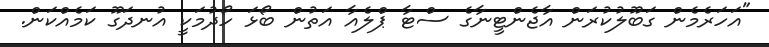
"އަހަރެމެން ގަބޫލުކުރަން އާޖެންޓީނާގެ ސްޓާ ޕްލެއާ އަތުން ބޯޅަ ހޯދުމަކީ އުނދަގޫ ކަމެއްކަން.